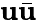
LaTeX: \mathbf{u}\bar{{\mathbf{u}}}